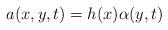
LaTeX: \begin{align*}a(x,y,t)=h(x)\alpha(y,t)\end{align*}